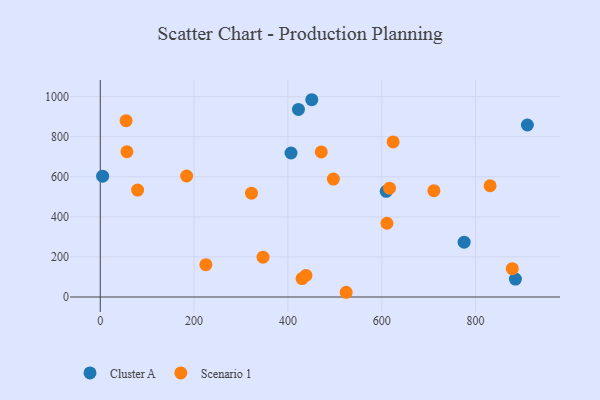
{"axis": {"x": "Distance", "y": "Exam Score"}, "legend": ["Cluster A", "Scenario 1"], "data": [{"x": "884.9", "y": 89.3, "type": "Cluster A"}, {"x": "450.8", "y": 984.6, "type": "Cluster A"}, {"x": "406.6", "y": 718.6, "type": "Cluster A"}, {"x": "775.6", "y": 273.4, "type": "Cluster A"}, {"x": "609.6", "y": 527.3, "type": "Cluster A"}, {"x": "910.4", "y": 858.5, "type": "Cluster A"}, {"x": "5.0", "y": 602.8, "type": "Cluster A"}, {"x": "422.4", "y": 936.2, "type": "Cluster A"}, {"x": "55.0", "y": 880.2, "type": "Scenario 1"}, {"x": "184.0", "y": 604.0, "type": "Scenario 1"}, {"x": "830.9", "y": 555.3, "type": "Scenario 1"}, {"x": "496.9", "y": 588.6, "type": "Scenario 1"}, {"x": "471.1", "y": 724.1, "type": "Scenario 1"}, {"x": "878.2", "y": 141.5, "type": "Scenario 1"}, {"x": "430.1", "y": 91.8, "type": "Scenario 1"}, {"x": "322.3", "y": 518.0, "type": "Scenario 1"}, {"x": "56.8", "y": 724.9, "type": "Scenario 1"}, {"x": "611.1", "y": 368.1, "type": "Scenario 1"}, {"x": "524.1", "y": 23.6, "type": "Scenario 1"}, {"x": "346.9", "y": 198.6, "type": "Scenario 1"}, {"x": "79.6", "y": 533.8, "type": "Scenario 1"}, {"x": "711.2", "y": 530.7, "type": "Scenario 1"}, {"x": "624.2", "y": 774.2, "type": "Scenario 1"}, {"x": "616.5", "y": 543.2, "type": "Scenario 1"}, {"x": "225.1", "y": 161.4, "type": "Scenario 1"}, {"x": "438.4", "y": 107.5, "type": "Scenario 1"}]}